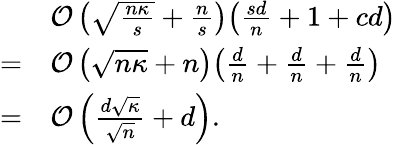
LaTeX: \begin{array}{rl}&{\mathcal{O}\left(\sqrt{\frac{n\kappa}{s}}+\frac{n}{s}\right)\! \left(\frac{sd}{n}+1+cd\right)}\\ {=}&{\mathcal{O}\left(\sqrt{n\kappa}+n\right)\! \left(\frac{d}{n}+\frac{d}{n}+\frac{d}{n}\right)}\\ {=}&{\mathcal{O}\left(\frac{d\sqrt{\kappa}}{\sqrt{n}}+d\right).}\end{array}